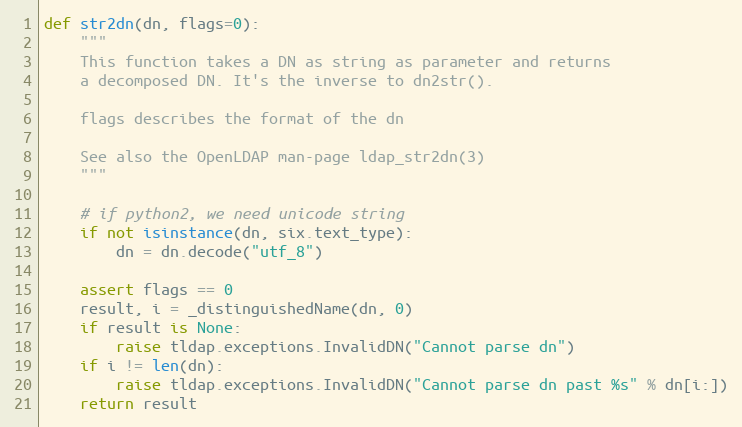
Language: Python
def str2dn(dn, flags=0):
    """
    This function takes a DN as string as parameter and returns
    a decomposed DN. It's the inverse to dn2str().

    flags describes the format of the dn

    See also the OpenLDAP man-page ldap_str2dn(3)
    """

    # if python2, we need unicode string
    if not isinstance(dn, six.text_type):
        dn = dn.decode("utf_8")

    assert flags == 0
    result, i = _distinguishedName(dn, 0)
    if result is None:
        raise tldap.exceptions.InvalidDN("Cannot parse dn")
    if i != len(dn):
        raise tldap.exceptions.InvalidDN("Cannot parse dn past %s" % dn[i:])
    return result